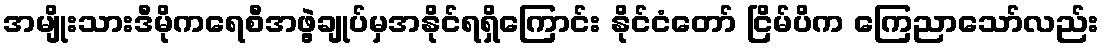
အမျိုးသားဒီမိုကရေစီအဖွဲ့ချုပ်မှအနိုင်ရရှိကြောင်း နိုင်ငံတော် ငြိမ်ပိက ကြေညာသော်လည်း